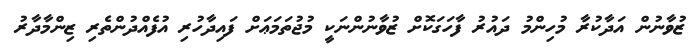
ޒުވާނުން އަދާކުރާ މުހިންމު ދައުރު ފާހަގަކޮށް ޒުވާނުންނަކީ މުޖުތަމަޢަށް ފައިދާހުރި އުފެއްދުންތެރި ޒިންމާދާރު